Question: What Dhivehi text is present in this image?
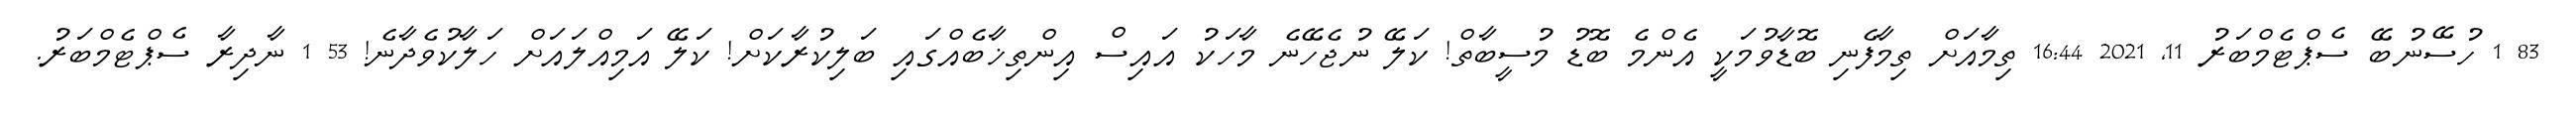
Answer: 83 1 ހުސޭނުބޭ ސެޕްޓެމްބަރު 11, 2021 16:44 ތިމާއަށް ތިމާފެނި ބޮޑާވުމަކީ އެންމެ ބޮޑު މުސީބާތް! ކަލޭ ނުޖެހޭނެ މާހަކު އައިސް އިންތިޚާބެއްގައި ބަލިކުރާކަށް! ކަލޭ އަމިއްލައަށް ހަލާކުވެދާނެ! 53 1 ނާދިރާ ސެޕްޓެމްބަރު.